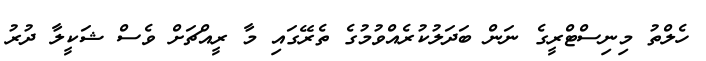
ހެލްތު މިނިސްޓްރީގެ ނަން ބަދަލުކުރެއްވުމުގެ ތެރޭގައި މާ ރީއްޗަށް ވެސް ޝަކީލާ ދުރު